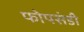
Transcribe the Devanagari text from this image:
फोपसंडी